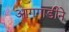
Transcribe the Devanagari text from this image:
आगगाडीने